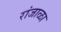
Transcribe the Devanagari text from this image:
रांजाळा